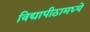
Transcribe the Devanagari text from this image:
विद्यापीठामध्‍ये